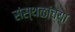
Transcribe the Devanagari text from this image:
संस्थळांच्या